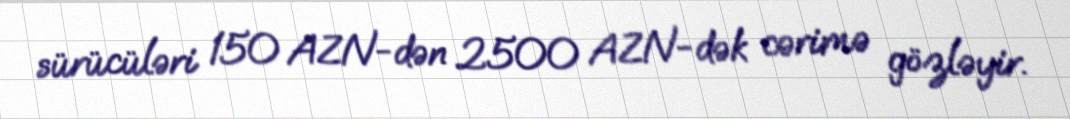
sürücüləri 150 AZN-dən 2500 AZN-dək cərimə gözləyir.